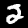
Digit: 2